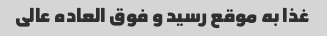
غذا به موقع رسید و فوق العاده عالی